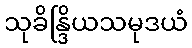
သုခိန္ဒြိယသမုဒယံ